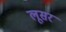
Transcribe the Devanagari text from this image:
लूसर